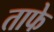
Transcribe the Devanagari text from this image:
ताफे